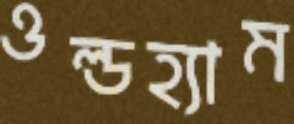
ওল্ডহ্যাম